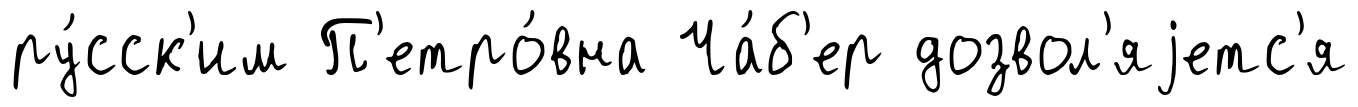
ру́сск'им П'етро́вна Ча́б'ер дозвол'яjетс'я